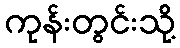
ကုန်းတွင်းသို့